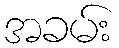
အခမ်း